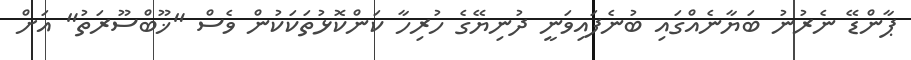
ޕާންޑޭ ނެރުނު ބަޔާނެއްގައި ބުނެފައިވަނީ ދުނިޔޭގެ ހުރިހާ ކަންކޮޅުތަކަކުން ވެސް "ޚޫބްސޫރަތު" އަށް